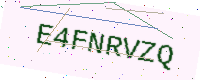
Text: E4FNRVZQ